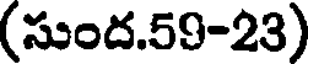
(సుంద.59-23)